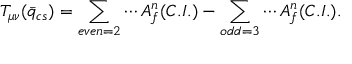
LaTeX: T _ { \mu \nu } ( \bar { q } _ { c s } ) = \sum _ { e v e n = 2 } \cdots A _ { f } ^ { n } ( C . I . ) - \sum _ { o d d = 3 } \cdots A _ { f } ^ { n } ( C . I . ) .